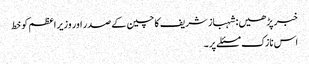
خبر پڑھیں:شہباز شریف کا چین کے صدر اور وزیر اعظم کو خط
اس نازک مسئلے پر ۔